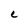
Character: C